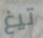
تيغ